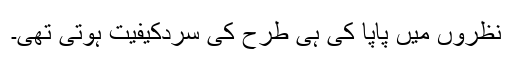
نظروں میں پاپا کی ہی طرح کی سردکیفیت ہوتی تھی۔